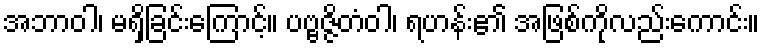
အဘာဝါ၊ မရှိခြင်းကြောင့်။ ပဗ္ဗဇ္ဇိတံဝါ၊ ရဟန်း၏ အဖြစ်ကိုလည်းကောင်း။